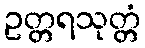
ဥတ္တရသုတ္တံ